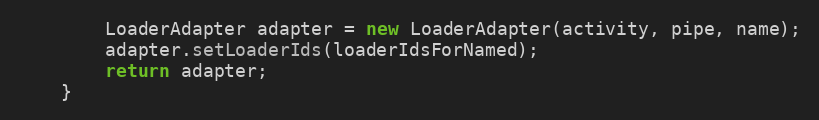
Language: Java
        LoaderAdapter adapter = new LoaderAdapter(activity, pipe, name);
        adapter.setLoaderIds(loaderIdsForNamed);
        return adapter;
    }